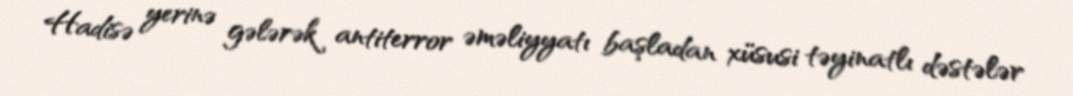
Hadisə yerinə gələrək antiterror əməliyyatı başladan xüsusi təyinatlı dəstələr